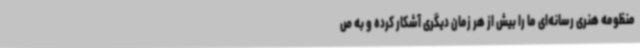
منظومه هنری رسانه‌ای ما را بیش از هر زمان دیگری آشکار کرده و به ص